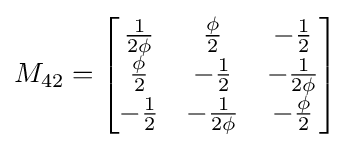
M_{42}={\begin{bmatrix}{\frac {1}{2\phi }}&{\frac {\phi }{2}}&-{\frac {1}{2}}\\{\frac {\phi }{2}}&-{\frac {1}{2}}&-{\frac {1}{2\phi }}\\-{\frac {1}{2}}&-{\frac {1}{2\phi }}&-{\frac {\phi }{2}}\end{bmatrix}}